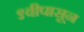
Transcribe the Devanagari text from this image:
९वीपासून